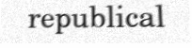
republical